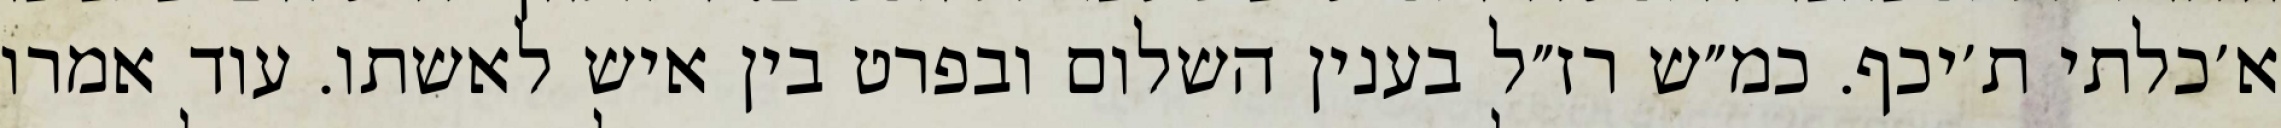
א׳כלתי ת׳יכף. כמ״ש רז״ל בענין השלום ובפרט בין איש לאשתו. עוד אמרו